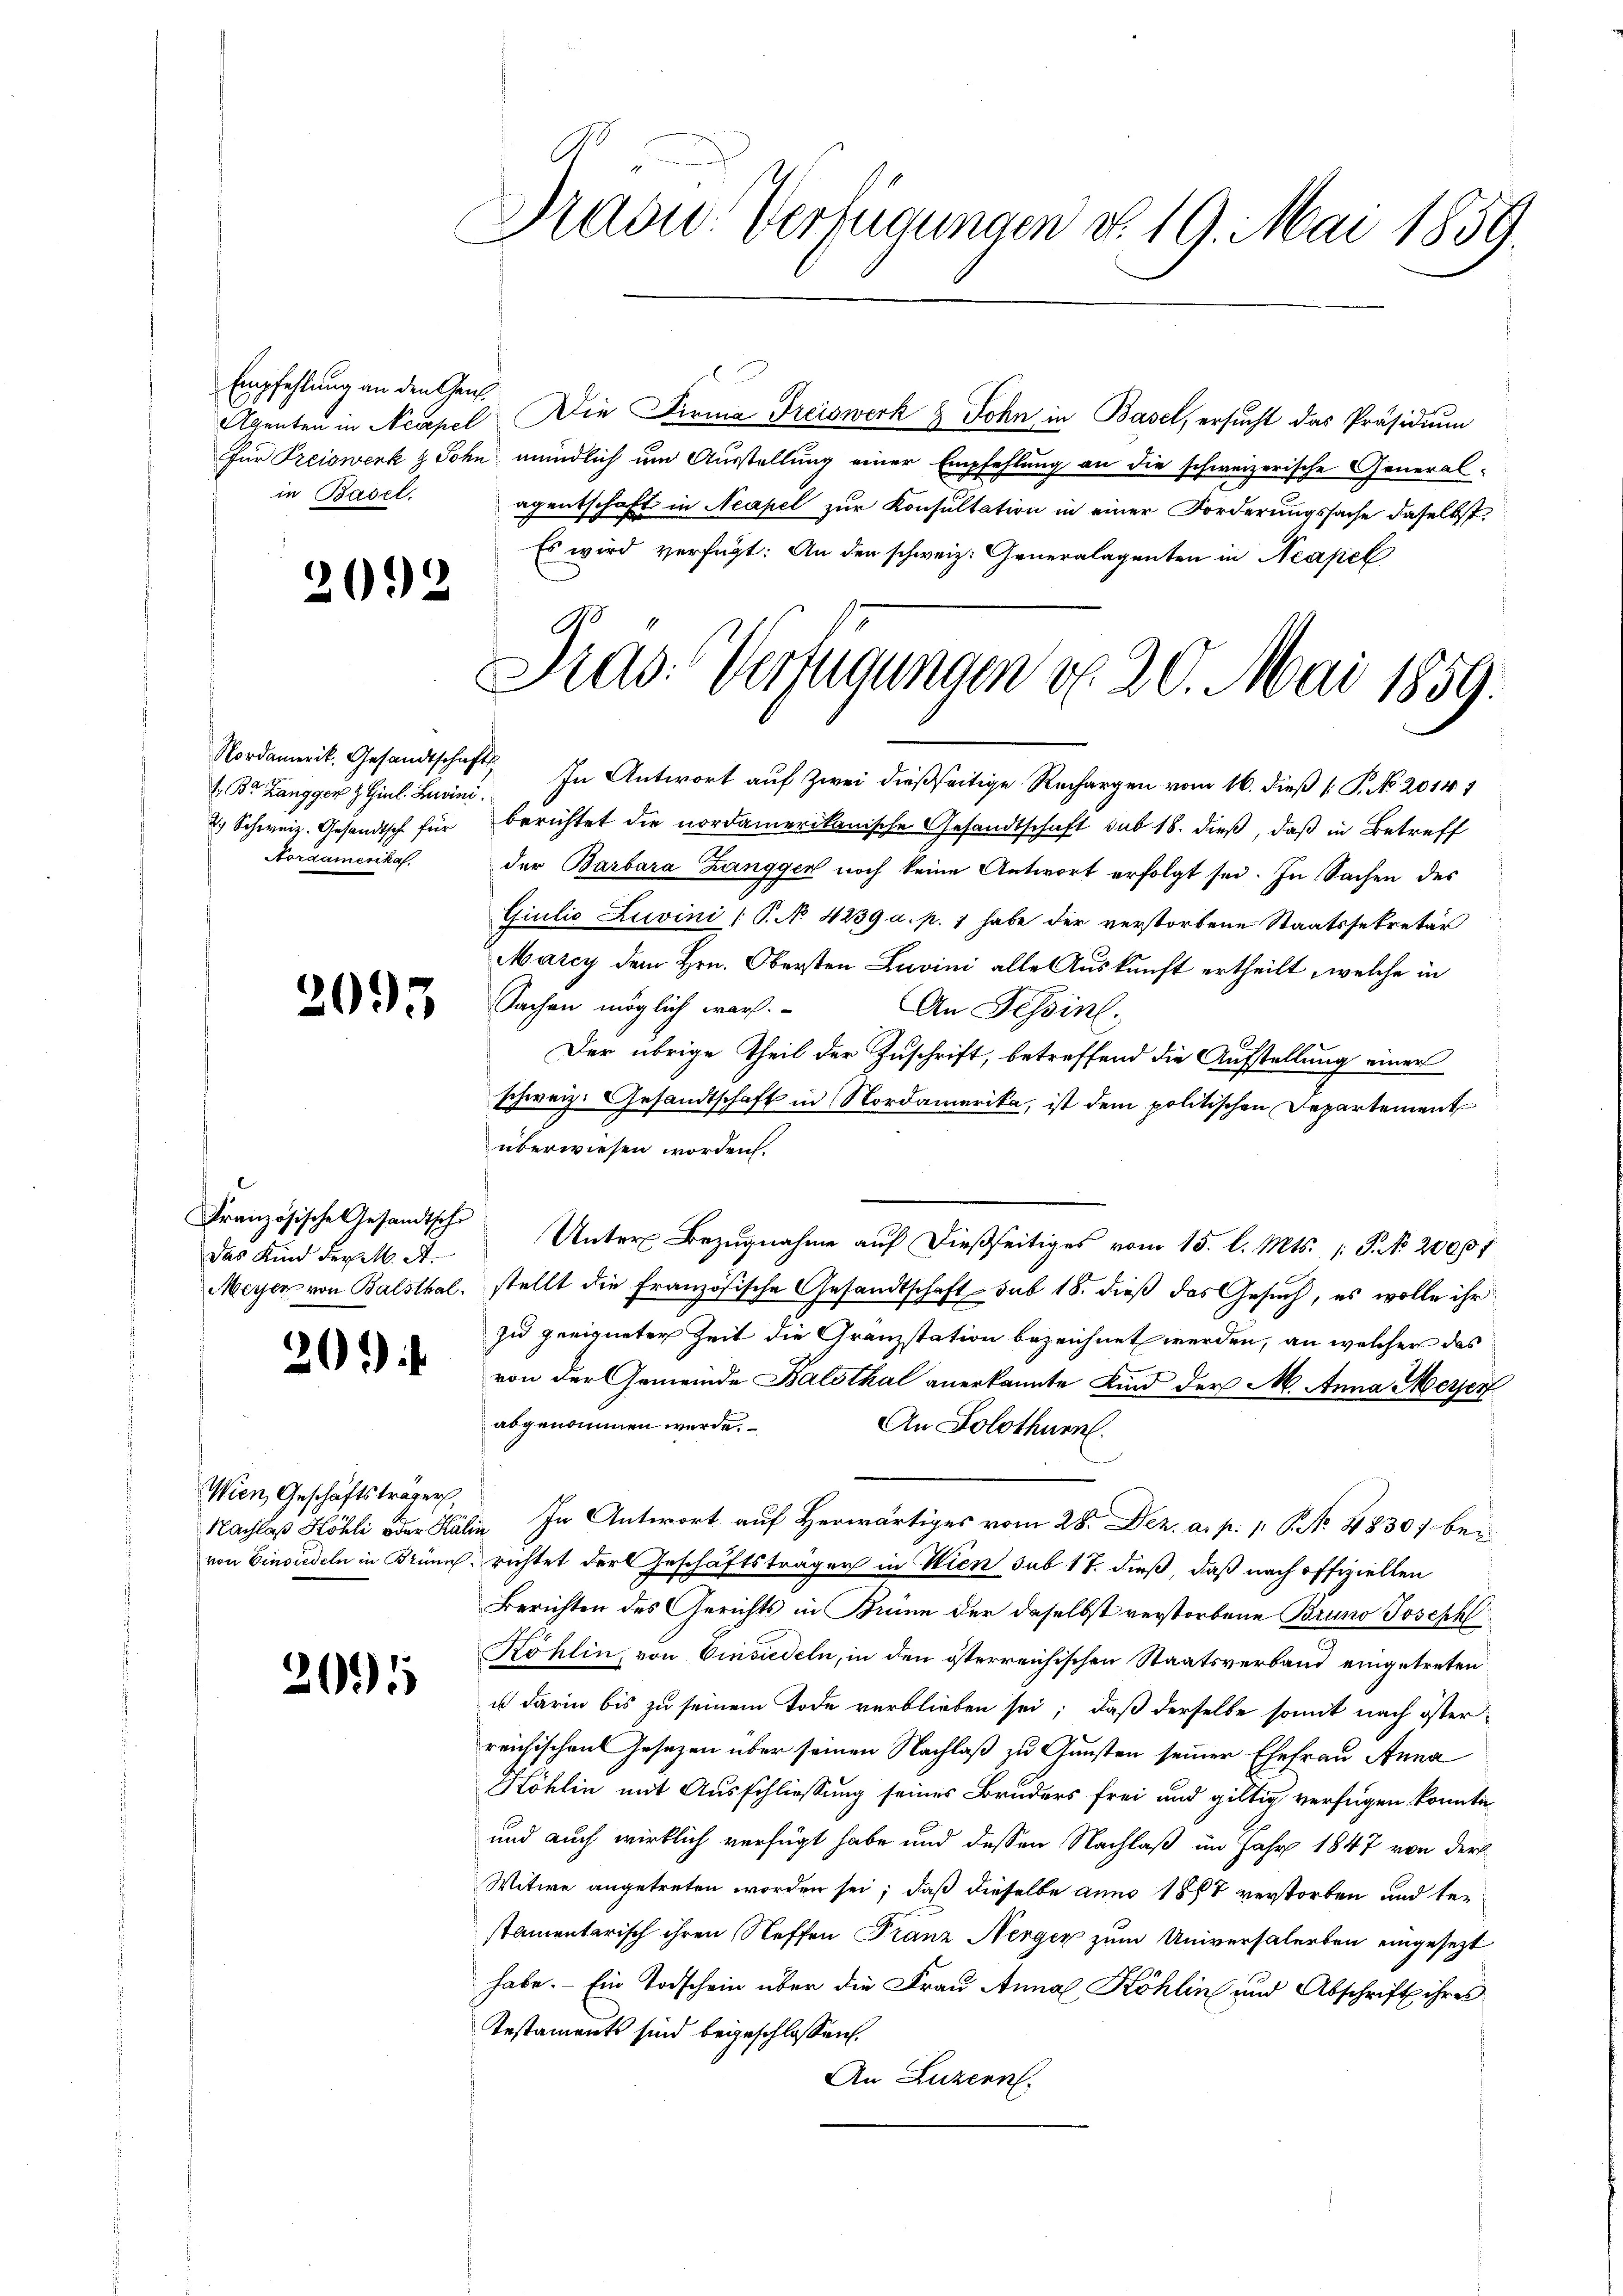
Empfehlung an den Gen
Agenten in Neapel
in Basel,

2092

Br Zangger & Giul. Luvini.
o Schweiz. Gesandtsch für
Nordamenkas

2095

Französische Gesandtsche
Das Kind der M. A.
Meyer von Balsthal.

201

Wien Geschäftsträger,
von Einsiedeln in Brünn

2005

Prasw. Verfügungen v. 19. Mai 1859.

Die Firma Freiswerk & John, in Basel, ersucht das Präsidium
für Preiswerk & Sohn mündlich um Ausstellung einer Empfehlung an die schweizerische General-
agentschaft in Neapel zur Konsultation in einer Forderungssache daselbst.
Es wird verfügt: An den schweiz. Generalagenten in Neapel

Dias Verfügungen d. 20. Mai 1859.

Nordamerit. Gesandtschaft. In Antwort aŭf zwei dießseitige Rechargen vom 16. dieβ  P. No 2014 1
berichtet die nordamerikanische Gesandtschaft sub 18. dieß, daß in Betreff
der Barbara Zanggen noch keine Antwort erfolgt sei. In Sachen des
Giulio Zuvini (P. No 4239 a. p. 1 habe der verstorbene Staatssekretär
Marcy dem Hrn. Obersten Zuvini alle Auskunft ertheilt, welche in
Sachen möglich war.
An Tessin.
Der übrige Theil der Zuschrift, betreffend die Aufstellung einer
schweiz. Gesandtschaft in Nordamerika, ist dem politischen Departement
überwiesen worden.
Unter Bezugnahme auf dießseitiges vom 15. l. Mts. P. No. 20001
stellt die französische Gesandtschaft sub 18. dieß das Gesuch, es wolle ihr
zu geeigneter Zeit die Granzstation bezeichnet werden, an welcher das
von der Gemeinde Balsthal anerkannte Kind der M. Anna Meyer
abgenommen werde.
An Solothurn.
Nachlaß Höhli oder Kälin In Antwort auf Herwärtiges vom 28. Dez. a. p. p. P. No. 48307 bei
richtet der Geschäftsträger in Wien sub 17. dieß, daß nach offiziellen
Berichten des Gerichts in Brunn der daselbst verstorbene Bruno Joseph
Köhlin, von Einsiedeln, in den österreichischen Staatsverband eingetreten
u darin bis zu seinem Tode verblieben sei; daß derselbe somit nach öster
reichischen Gesezen über seinen Nachlaß zu Gunsten seiner Ehefrau Anna
Köhlin mit Ausschliessung seines Bruders frei und giltig verfügen konnte.
und auch wirklich verfügt habe und dessen Nachlaß im Jahr 1847 von der
Witwe angetreten worden sei; daß dieselbe anno 1887 verstorben und bestamentarisch ihren Neffen Franz Nerger zum Universalerben eingesezt
habe. - Ein Todschein über die Frau Anna Köhlin und Abschrift ihres
Testaments sind beigeschlossen.
An Luzern